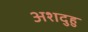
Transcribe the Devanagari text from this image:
अशदुहु